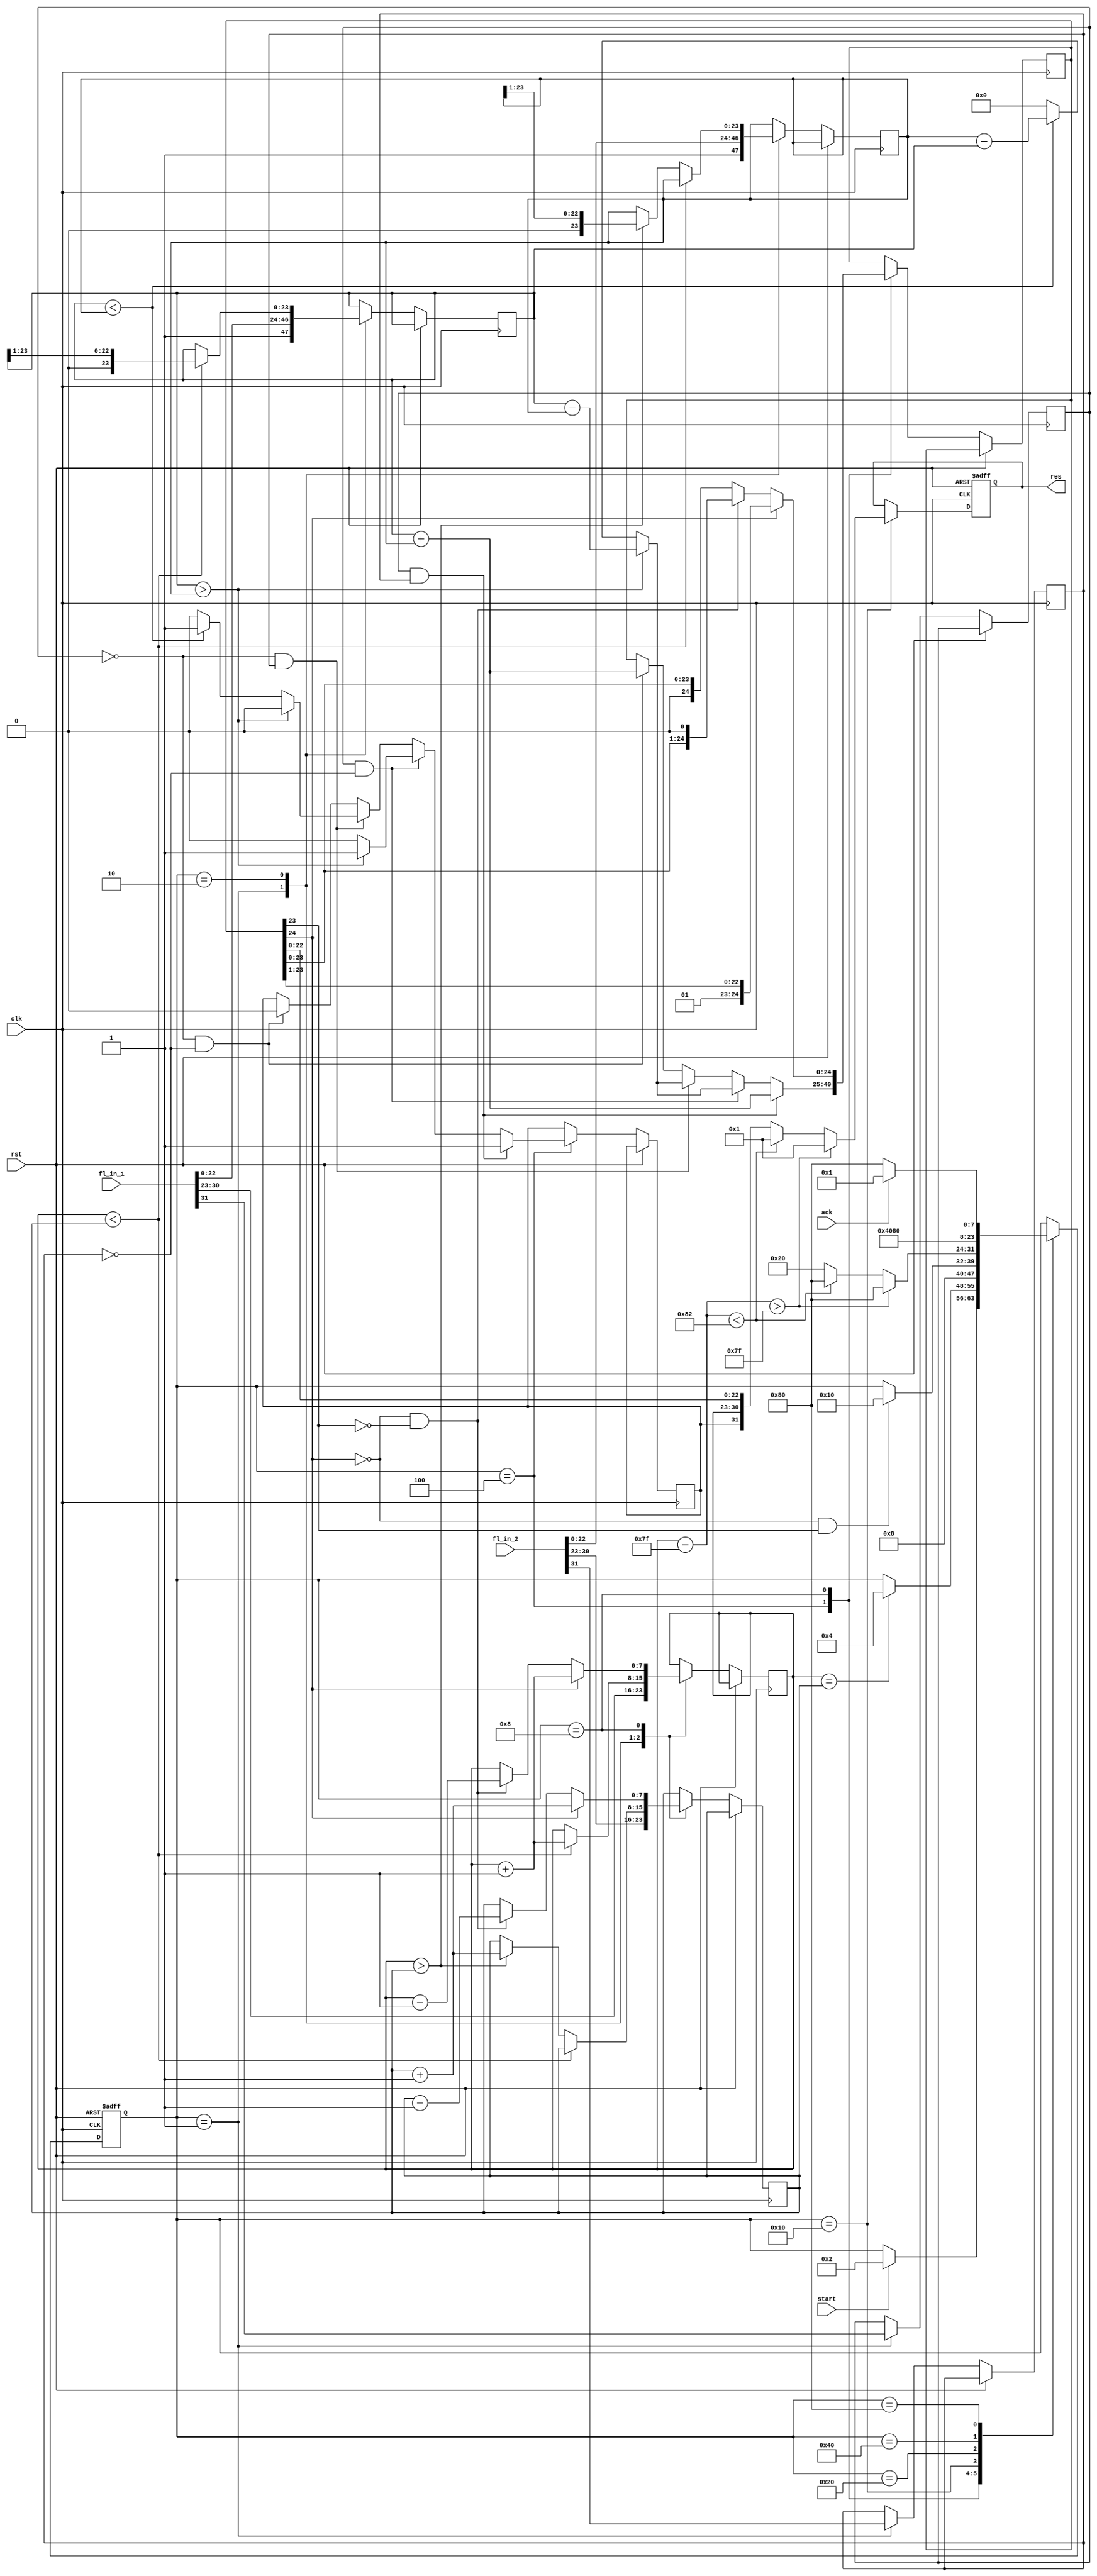
`timescale 1 ns / 100 ps

/*

	IEEE 754 floating point addition

	float[31] = sign bit
	float[30:23] = exponent against the bias
	float[22:0] = normalized fraction

	START
		get fl in 1 and 2, wait for start

	EXP_CMP
		if(exp1 != exp2)
			increment smaller, shift corresponding frac

	ADD
		add the fractionals (same as integers)

	NORM
		normalize the sum

	CHECK_EXCE
		check for underflow / overflow

	ROUND
		round the fraction to the appropriate number of bits

	CHECK_NORM
		check for the normalized fraction, renormalize if necessary

	DONE
		wait for ack

 */

module float_add(clk, rst, start, ack, fl_in_1, fl_in_2, res);
 	input clk;
 	input rst;
 	input start;
 	input ack;
 	input [31:0] fl_in_1;
 	input [31:0] fl_in_2;
 	output reg [31:0] res;

localparam EXP_BIAS = 127;

reg [7:0] state;

// capture sign bit of each fl input
reg fl_in_1_neg;
reg fl_in_2_neg;

reg [7:0] fl_in_1_exp;
reg [7:0] fl_in_2_exp;

reg [23:0] fl_in_1_frac_norm;
reg [23:0] fl_in_2_frac_norm;

// are we concerned with biased numbers in this module? yes, write back must be biased
wire signed [7:0] fl_in_1_exp_biased = fl_in_1_exp - EXP_BIAS;
wire signed [7:0] fl_in_2_exp_biased = fl_in_2_exp - EXP_BIAS;

// write back the lower 23 bits of this array
// must be 25 bits to catch the overflow and renormalize
wire [24:0] fl_1_less_fl_2 = fl_in_1_frac_norm - fl_in_2_frac_norm;
wire [24:0] fl_2_less_fl_1 = fl_in_2_frac_norm - fl_in_1_frac_norm;
wire [24:0] fl_1_plus_fl_2 = fl_in_1_frac_norm + fl_in_2_frac_norm;

reg sign_res;
reg [7:0] exp_res;
reg [24:0] add_res;

localparam START 		= 8'b00000001;
localparam EXP_CMP 		= 8'b00000010;
localparam ADD 			= 8'b00000100;
localparam NORM 		= 8'b00001000;
localparam CHECK_EXCE 	= 8'b00010000;
localparam ROUND 		= 8'b00100000;
localparam CHECK_NORM	= 8'b01000000;
localparam DONE 		= 8'b10000000;

wire qStart 	= state[0];
wire qExeCmp 	= state[1];
wire qAdd 		= state[2];
wire qNorm 		= state[3];
wire qExce 		= state[4];
wire qRound 	= state[5];
wire qCheckNorm = state[6];
wire qDone 		= state[7];

always @(posedge clk or posedge rst) 
	begin
		if (rst) 
			begin
				// go back to start
				state = START;

				// reset regs
				res <= 32'bX;
			end
		else 
			begin
				case(state)
					START 	:
						begin
							fl_in_1_neg <= fl_in_1[31];
							fl_in_2_neg <= fl_in_2[31];

							fl_in_1_exp <= fl_in_1[30:23];
							fl_in_2_exp <= fl_in_2[30:23];

							fl_in_1_frac_norm <= {1'b1, fl_in_1[22:0]};
							fl_in_2_frac_norm <= {1'b1, fl_in_2[22:0]};

							// next state logic
							if(start)
								state = EXP_CMP;
						end
					EXP_CMP	:
						begin

							// if exp1 smaller, imcrement and shift
							if(fl_in_1_exp < fl_in_2_exp)
								begin
									fl_in_1_exp <= fl_in_1_exp + 1'b1;
									fl_in_1_frac_norm <= fl_in_1_frac_norm >> 1'b1;
								end

							// if exp2 smaller, increment and shift
							else if(fl_in_1_exp > fl_in_2_exp)
								begin
									fl_in_2_exp <= fl_in_2_exp + 1'b1;
									fl_in_2_frac_norm <= fl_in_2_frac_norm >> 1'b1;
								end

							// next state logic, exponents must align
							if(fl_in_1_exp == fl_in_2_exp)
								state <= ADD;
						end
					ADD 	:
						begin
							// datapath
							// fl1_exp must equal fl2_exp

							// note, not writing to res yet, must renormalize and round

							// fl1 and fl2 negative, add and assert res sign
							if(	fl_in_1_neg && fl_in_2_neg)
								begin
									sign_res <= 1'b1;
									add_res <= fl_1_plus_fl_2;
								end
							// fl1 negative and fl2 positive, assert add_res sign if |fl1| > |fl2|
							else if(fl_in_1_neg && !fl_in_2_neg)
								begin
									if(fl_in_1_frac_norm > fl_in_2_frac_norm)
										begin
											// fl1 is negative, fl2 is positive, fl1 is bigger in magnitude
											// result is negative, assert sign bit
											sign_res <= 1'b1;
											add_res <= fl_1_less_fl_2;
										end
									else if(fl_in_1_frac_norm < fl_in_2_frac_norm)
										begin
											// fl1 is negative, fl2 is positive, fl2 is bigger in magnitude
											// result is positive, deassert sign bit
											sign_res <= 1'b0;
											add_res <= fl_2_less_fl_1;
										end
									else
										begin
											// |fl1| = |fl2|, signs are opposite
											// deassert sign bit
											sign_res <= 1'b0;
											add_res <= 25'b0;
										end
								end

							// fl1 positive and fl2 negative, assert add_res sign if |fl2| > |fl1|
							else if(!fl_in_1_neg && fl_in_2_neg)
								begin
									if(fl_in_1_frac_norm > fl_in_2_frac_norm)
										begin
											// fl1 is positive, fl2 is negative, fl1 is bigger in magnitude
											// result it positive, deassert sign bit
											sign_res <= 1'b0;
											add_res <= fl_1_less_fl_2;
										end
									else if(fl_in_1_frac_norm < fl_in_2_frac_norm)
										begin
											// fl1 is positve, fl2 is negative, fl2 is bigger in magnitude
											// result is negative, assert sign bit
											sign_res <= 1'b1;
											add_res <= fl_2_less_fl_1;
										end
									else
										begin
											// |fl1| = |fl2|, signs are opposite
											// deassert sign bit
											sign_res <= 1'b0;
											add_res <= 25'b0;
										end
								end

							// fl1 and fl2 positive, deassert add_res sign
							else if(!fl_in_1_neg && !fl_in_2_neg)
								begin
									sign_res <= 1'b0;
									add_res <= fl_1_plus_fl_2;
								end

							// next state logic, unconditionally move to the next state
							state <= NORM;
						end
					NORM 	:
						begin
							// either the preprocessed data will be too high (bit 24 set) or data will be too low (bits 24 and 23 unset)
							// if too high, shift right, increment exp
							// if too low, shift left, decrement exp
							if(add_res[24])
								begin
									// shift right, keep the two exponents constant
									add_res <= add_res >> 1'b1;
									fl_in_1_exp <= fl_in_1_exp + 1'b1;
									fl_in_2_exp <= fl_in_2_exp + 1'b1;
								end
							else if(!add_res[24] && !add_res[23])
								begin
									// shift left, keep the two exponents constant
									add_res <= add_res << 1'b1;
									fl_in_1_exp <= fl_in_1_exp - 1'b1;
									fl_in_2_exp <= fl_in_2_exp - 1'b1;
								end
							// is it possible that we shift through the entire thing and never reach bit 23?
							// is it possible that there are no more ones left? a denormalized binary round value?
							// special case 0


							if(!add_res[24] && add_res[23])
								state <= CHECK_EXCE;
						end
					CHECK_EXCE 	:
						begin
							// check for overflow in the exponent
							// exp must be <= 127 and >= -126

							if(fl_in_1_exp_biased > 127)
								begin
									res <= 32'b1;
									state <= DONE;
								end
							else if(fl_in_1_exp_biased < -126)
								begin
									res <= 32'b1;
									state <= DONE;
								end
							else
								begin
									state <= ROUND;
									res <= {sign_res, fl_in_1_exp, add_res[22:0]};
								end
						end
					ROUND 	:
						begin
							// TODO: implement rounding hardware, guard, round, sticky
							state <= CHECK_NORM;
						end
					CHECK_NORM :
						begin
							state <= DONE;
						end
					DONE 	:
						begin
							if(ack)
								state <= START;
							else
								state <= DONE;
						end
				endcase
			end
	end

endmodule